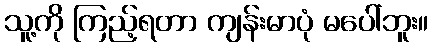
သူ့ကို ကြည့်ရတာ ကျန်းမာပုံ မပေါ်ဘူး။